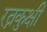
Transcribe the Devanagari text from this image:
रत्नकुक्षी